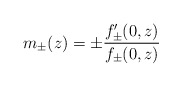
\begin{align*}m_{\pm}(z) = \pm \frac{f'_{\pm}(0,z)}{f_{\pm}(0,z)}\end{align*}